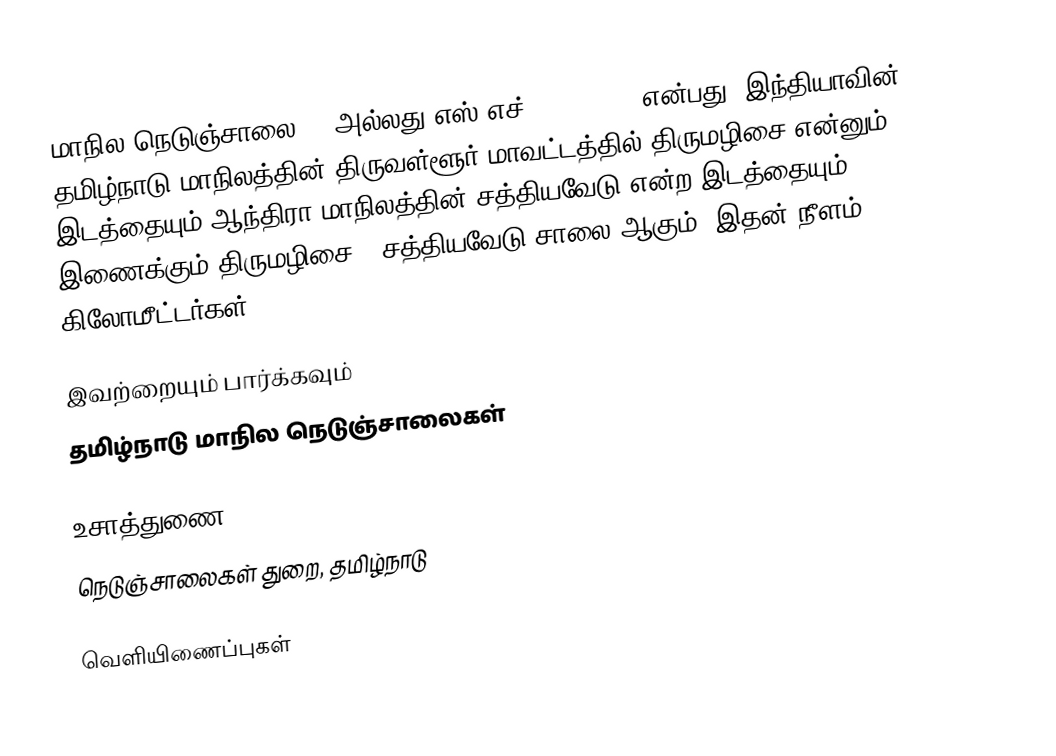
மாநில நெடுஞ்சாலை 50 அல்லது எஸ்.எச்-50 (SH 50) என்பது, இந்தியாவின் தமிழ்நாடு மாநிலத்தின் திருவள்ளூர் மாவட்டத்தில் திருமழிசை என்னும் இடத்தையும்,ஆந்திரா மாநிலத்தின் சத்தியவேடு என்ற இடத்தையும் இணைக்கும் திருமழிசை - சத்தியவேடு சாலை ஆகும். இதன் நீளம் 23  கிலோமீட்டர்கள் .

இவற்றையும் பார்க்கவும்
 தமிழ்நாடு மாநில நெடுஞ்சாலைகள்

உசாத்துணை
 நெடுஞ்சாலைகள் துறை, தமிழ்நாடு

வெளியிணைப்புகள்